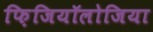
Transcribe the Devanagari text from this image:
फ़िजियॉलोजिया